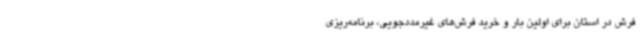
فرش در استان برای اولین بار و خرید فرش‌های غیرمددجویی، برنامه‌ریزی